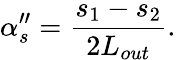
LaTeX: \alpha_{s}^{\prime\prime}=\frac{s_{1}-s_{2}}{2L_{out}}.